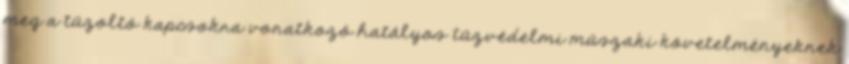
meg a tûzoltó kapcsokra vonatkozó hatályos tûzvédelmi mûszaki követelményeknek